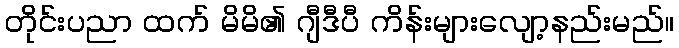
တိုင်းပညာ ထက် မိမိ၏ ဂျီဒီပီ ကိန်းများလျော့နည်းမည်။